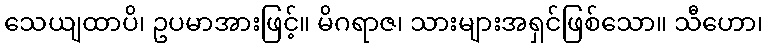
သေယျထာပိ၊ ဥပမာအားဖြင့်။ မိဂရာဇ၊ သားများအရှင်ဖြစ်သော။ သီဟော၊